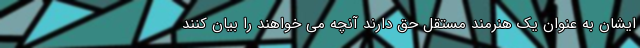
ایشان به عنوان یک هنرمند مستقل حق دارند آنچه می خواهند را بیان کنند